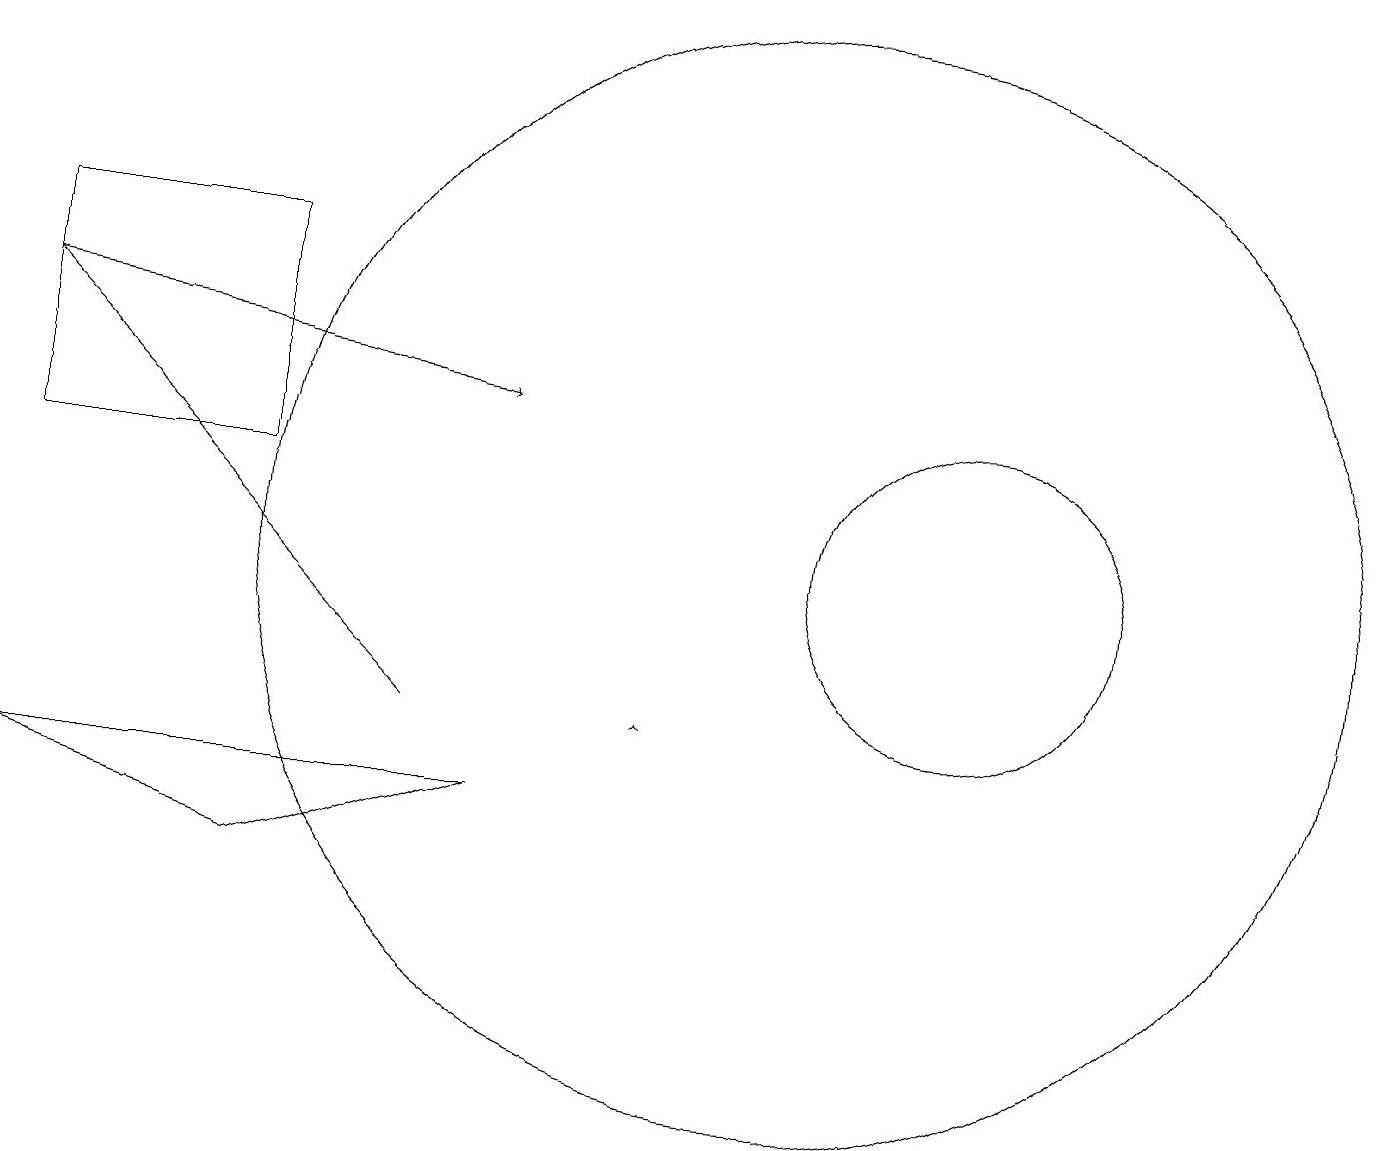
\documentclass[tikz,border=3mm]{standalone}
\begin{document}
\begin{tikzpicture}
\draw (12,12) circle (2);
\draw (3,8) -- (6,9) -- (0,9) -- cycle;
\draw[->] (0,15) -- (6,14);
\draw[->] (8,10) -- (8,10);
\draw (3,13) rectangle (0,16);
\draw[->] (5,10) -- (0,15);
\draw (10,12) circle (7);
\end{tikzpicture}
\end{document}